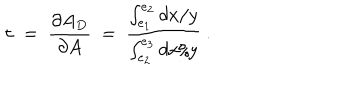
LaTeX: \tau \ = \ { \frac { \partial A _ { D } } { \partial A } } \ = \ { \frac { \int _ { e _ { 1 } } ^ { e _ { 2 } } { d x / y } } { \int _ { e _ { 2 } } ^ { e _ { 3 } } { d x / y } } } \ .